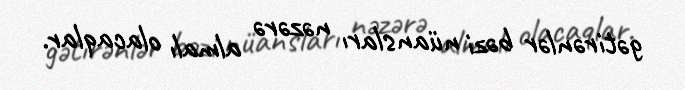
gətirənlər bəzi nüansları nəzərə almalı olacaqlar.